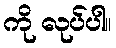
ကို လုပ်ပါ။